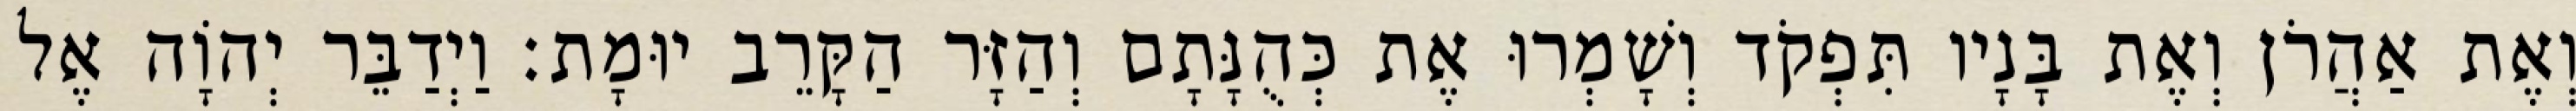
וְאֶת אַהֲרֹן וְאֶת בָּנָיו תִּפְקֹד וְשָׁמְרוּ אֶת כְּהֻנָּתָם וְהַזָּר הַקָּרֵב יוּמָת׃ וַיְדַבֵּר יְהוָֹה אֶל